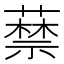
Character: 𦽔